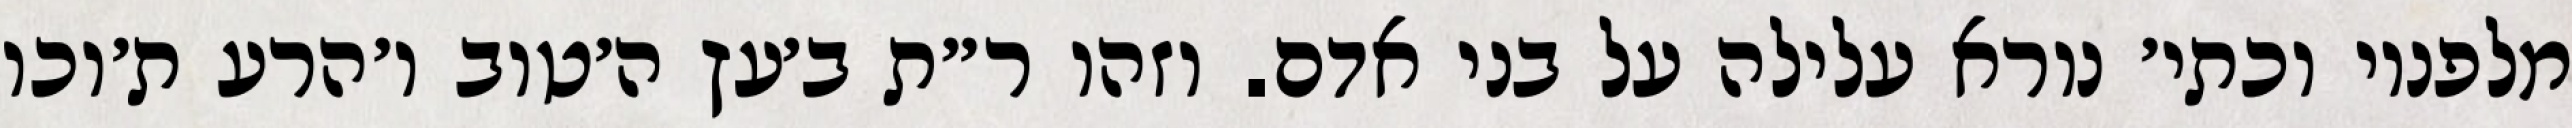
מלפניו וכתי׳ נורא עלילה על בני אדם. וזהו ר״ת ב׳עץ ה׳טוב ו׳הרע ת׳וכו